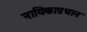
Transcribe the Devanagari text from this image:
नायिकाप्रधान